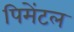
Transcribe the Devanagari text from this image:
पिमेंटल